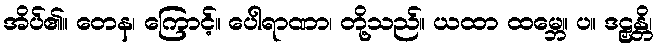
အိပ်၏။ တေန၊ ကြောင့်။ ပေါရာဏာ၊ တို့သည်။ ယထာ ထမ္ဘေ။ ပ။ ဒဠှန္တိ၊